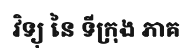
វិទ្យុ នៃ ទីក្រុង ភាគ